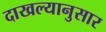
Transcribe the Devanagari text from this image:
दाखल्यानुसार